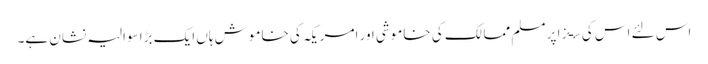
اس لئے اس کی سـزا پر مسلم ممالک کی خاموشی اور امریکہ کی خاموش ہاں ایک بڑا سوالیہ نشان ہے۔